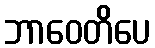
ဘာဝေတိပေ